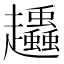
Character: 𧾶